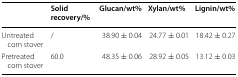
<table><thead><tr><td></td><td><b>Solid recovery/%</b></td><td><b>Glucan/wt%</b></td><td><b>Xylan/wt%</b></td><td><b>Lignin/wt%</b></td></tr></thead><tbody><tr><td>Untreated corn stover</td><td>/</td><td>38.90 ± 0.04</td><td>24.77 ± 0.01</td><td>18.42 ± 0.27</td></tr><tr><td>Pretreated corn stover</td><td>60.0</td><td>48.35 ± 0.06</td><td>28.92 ± 0.05</td><td>13.12 ± 0.03</td></tr></tbody></table>